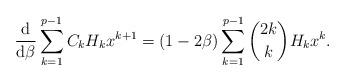
LaTeX: \begin{align*}\frac{\mathrm{d}}{\mathrm{d}\beta}\sum_{k=1}^{p-1}C_kH_kx^{k+1}=(1-2\beta)\sum_{k=1}^{p-1}\binom{2k}{k}H_kx^k.\end{align*}